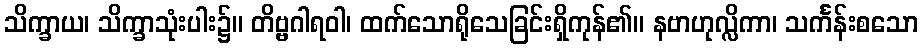
သိက္ခာယ၊ သိက္ခာသုံးပါး၌။ တိဗ္ဗဂါရဝါ၊ ထက်သောရိုသေခြင်းရှိကုန်၏။ နဗာဟုလ္လိကာ၊ သင်္ကန်းစသော